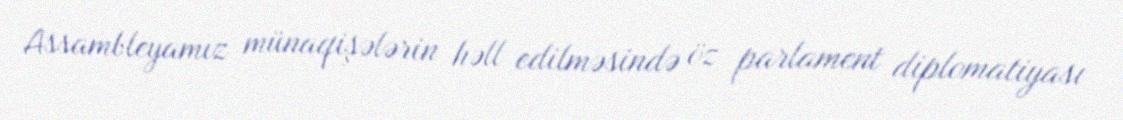
Assambleyamız münaqişələrin həll edilməsində öz parlament diplomatiyası